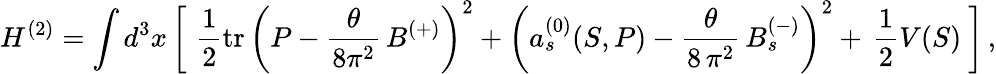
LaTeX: H^{(2)}=\int d^{3}{x}\, \biggl[\, \, \frac{1}{2}\mathrm{tr}\, \left(P-\frac{\theta}{8\pi^{2}}\, B^{(+)}\right)^{2}+\left(a_{s}^{(0)}(S,P)-\frac{\theta}{8\, \pi^{2}}\, B_{s}^{(-)}\right)^{2}+\, \frac{1}{2}V(S)\ \biggr]\, ,